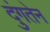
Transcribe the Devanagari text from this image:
दुंगतेन